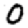
Digit: 0